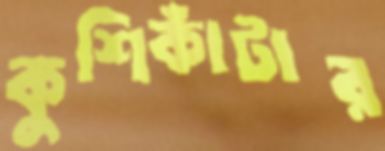
কুশিকাঁটার